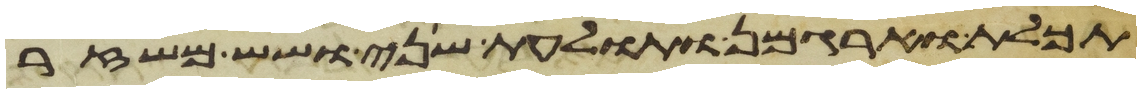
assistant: תכלת וארגמן ותולעת שני ושש משזר